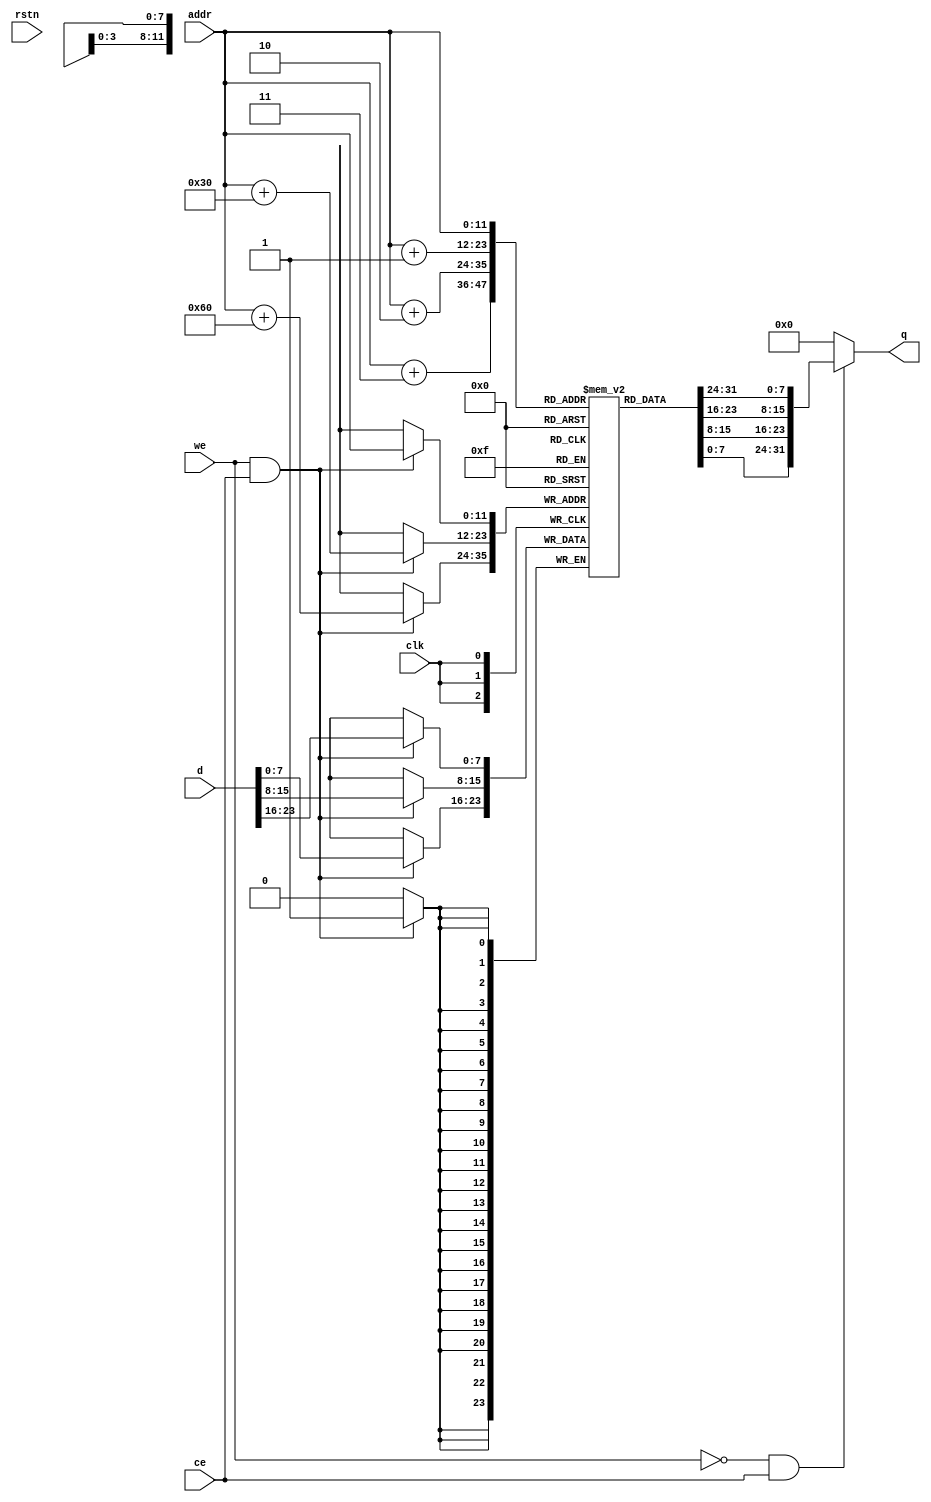
`timescale 1ns / 1ps
//////////////////////////////////////////////////////////////////////////////////
// Company: 
// Engineer: 
// 
// Design Name: 
// Module Name: fifo
// Project Name: 
// Target Devices: 
// Tool Versions: 
// Description: 
// 
// Dependencies: 
// 
// Revision:
// Revision 0.01 - File Created
// Additional Comments:
// 
//////////////////////////////////////////////////////////////////////////////////


module fifo_ofm#(
    parameter integer DATA_WIDTH = 8,
    parameter integer DATA_DEPTH = 2304 
    )
    (
    input clk,
    input rstn,
    input ce,
    input we, // 1 : write, 0 : read
    input [11:0] addr,
    input [DATA_WIDTH*3-1:0] d,
    output  [DATA_WIDTH*4-1:0] q
    );
    
    (* ram_style = {"block"} *) reg [DATA_WIDTH-1:0] fifo[0:DATA_DEPTH-1];
    
    always@(posedge clk) begin
        if(we && ce) begin
		fifo[addr] <= d[23:16];
        fifo[addr+48] <= d[15:8];
        fifo[addr+96] <= d[7:0];
	end
    end
      assign q = (!(we) && ce) ? {fifo[addr], fifo[addr+1], fifo[addr+2], fifo[addr+3]} : {(DATA_WIDTH*4){1'b0}};
endmodule